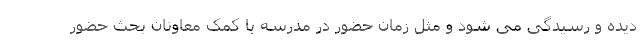
دیده و رسیدگی می شود و مثل زمان حضور در مدرسه با کمک معاونان بحث حضور